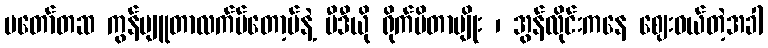
မတော်တဆ ကွန်ပျူတာလက်ပ်တော့ပ်နဲ့ ဗီဒီယို ရိုက်မိတာမျိုး ၊ အွန်လိုင်းကနေ ဈေးဝယ်တဲ့အခါ